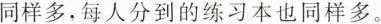
同样多，每人分到的练习本也同样多。